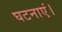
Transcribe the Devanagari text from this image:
घटनाएं।